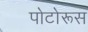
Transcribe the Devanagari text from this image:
पोटोरूस